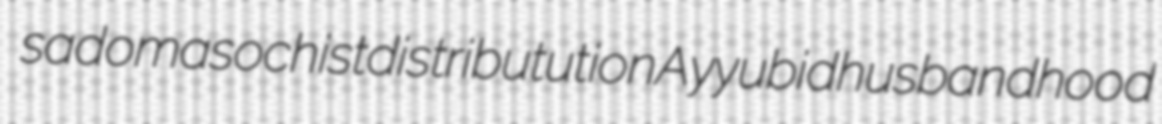
sadomasochist distributution Ayyubid husbandhood